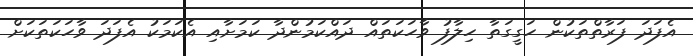
އެފަދަ ފަރާތްތަކުން ހަގީގަތާ ހިލާފު ވާހަކަތައް ދައްކަމުންދާ ކަމަށާއި އެކަމަކު އެފަދަ ވާހަކަތަކަށް